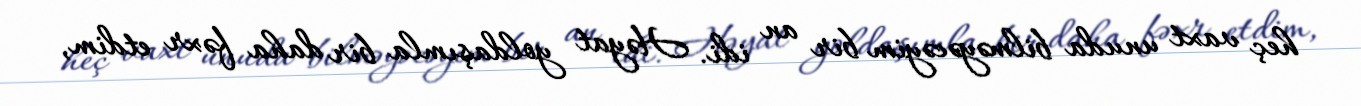
heç vaxt unuda bilməyəcəyim bir an idi. Həyat yoldaşımla bir daha fəxr etdim,